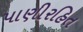
પાણીરહિત